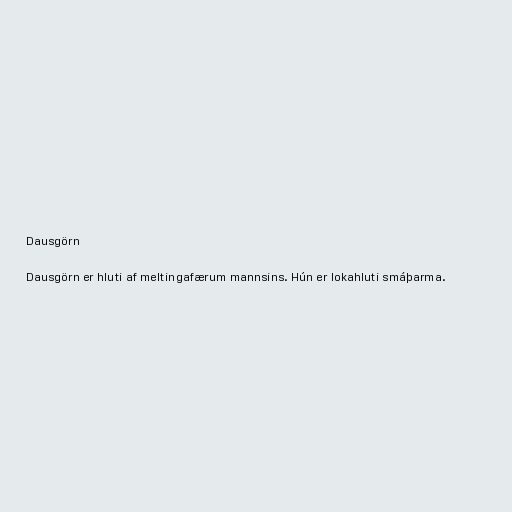
Dausgörn

Dausgörn er hluti af meltingafærum mannsins. Hún er lokahluti smáþarma.